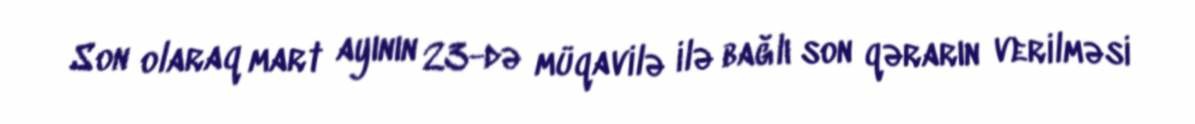
Son olaraq mart ayının 23-də müqavilə ilə bağlı son qərarın verilməsi